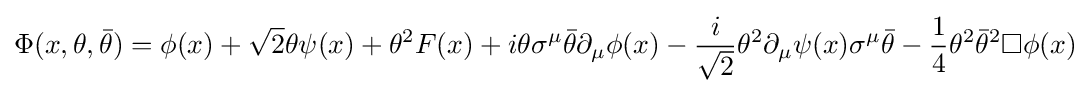
\Phi (x,\theta ,{\bar {\theta }})=\phi (x)+{\sqrt {2}}\theta \psi (x)+\theta ^{2}F(x)+i\theta \sigma ^{\mu }{\bar {\theta }}\partial _{\mu }\phi (x)-{\frac {i}{\sqrt {2}}}\theta ^{2}\partial _{\mu }\psi (x)\sigma ^{\mu }{\bar {\theta }}-{\frac {1}{4}}\theta ^{2}{\bar {\theta }}^{2}\square \phi (x)